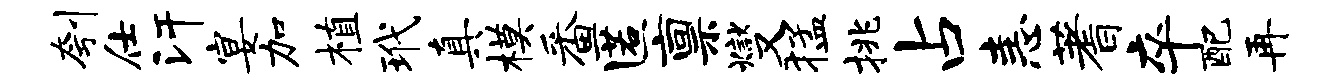
刳仕汗宴加植玳真模番匿禀燮猛挑占恚蓍卒配再